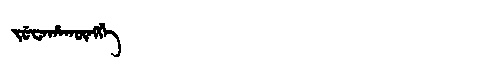
Manchu: ᠵᡠᠸᠠᡥᠠᡴᡡᠩᡤᡝ
Romanization: JUWAHAKŪNGGE